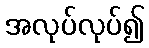
အလုပ်လုပ်၍